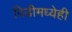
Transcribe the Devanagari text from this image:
पिढीमध्येही